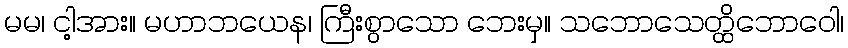
မမ၊ ငါ့အား။ မဟာဘယေန၊ ကြီးစွာသော ဘေးမှ။ သဘောသေတ္ထိဘောဝေါ၊